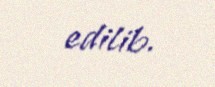
edilib.